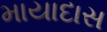
માયાદાસ